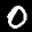
Label: 0